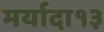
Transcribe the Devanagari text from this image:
मर्यादा१३